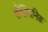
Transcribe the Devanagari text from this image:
गैंग्लियनिक